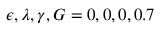
\epsilon , \lambda , \gamma , G = 0 , 0 , 0 , 0 . 7